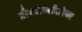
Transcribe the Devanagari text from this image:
द्रौपदीव्यतिरिक्त